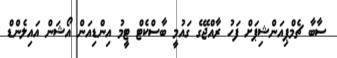
ސާބާ ޗެމްޕިއަންޝިޕަށް ފަހު ރާއްޖޭގެ ގައުމީ ބާސްކެޓް ޓީމު އިންޑިއަން އޯޝަން އައިލެންޑް